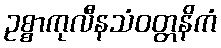
ဥစ္စာကုလီနသံဝတ္တနိကံ